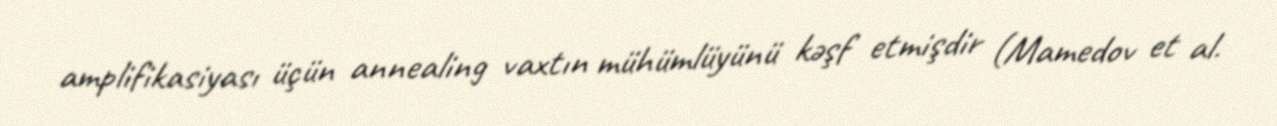
amplifikasiyası üçün annealing vaxtın mühümlüyünü kəşf etmişdir (Mamedov et al.